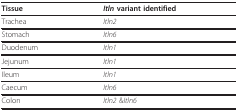
<table><thead><tr><td><b>Tissue</b></td><td><b><i>Itln </i>variant identified</b></td></tr></thead><tbody><tr><td>Trachea</td><td><i>Itln2</i></td></tr><tr><td>Stomach</td><td><i>Itln6</i></td></tr><tr><td>Duodenum</td><td><i>Itln1</i></td></tr><tr><td>Jejunum</td><td><i>Itln1</i></td></tr><tr><td>Ileum</td><td><i>Itln1</i></td></tr><tr><td>Caecum</td><td><i>Itln6</i></td></tr><tr><td>Colon</td><td><i>Itln2 </i>&amp;<i>Itln6</i></td></tr></tbody></table>